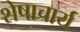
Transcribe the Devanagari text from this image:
शेषाचार्य